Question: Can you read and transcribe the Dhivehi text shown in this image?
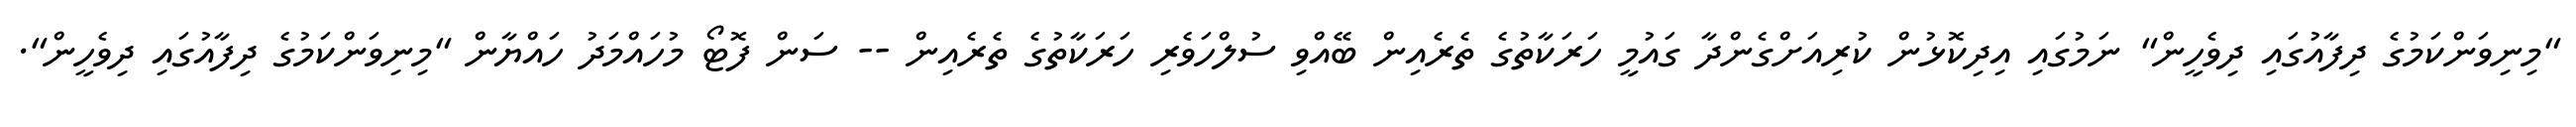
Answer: "މިނިވަންކަމުގެ ދިފާއުގައި ދިވެހީން" ނަމުގައި އިދިކޮޅުން ކުރިއަށްގެންދާ ގައުމީ ހަރަކާތުގެ ތެރެއިން ބޭއްވި ސުލްހަވެރި ހަރަކާތުގެ ތެރެއިން -- ސަން ފޮޓޯ މުހައްމަދު ހައްޔާން "މިނިވަންކަމުގެ ދިފާއުގައި ދިވެހީން".